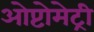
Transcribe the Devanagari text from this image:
ओप्टोमेट्री